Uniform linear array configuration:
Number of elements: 64
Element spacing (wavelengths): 1
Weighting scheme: cosine
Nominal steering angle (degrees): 15
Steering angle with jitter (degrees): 14.804
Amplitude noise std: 0.05
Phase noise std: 0.05

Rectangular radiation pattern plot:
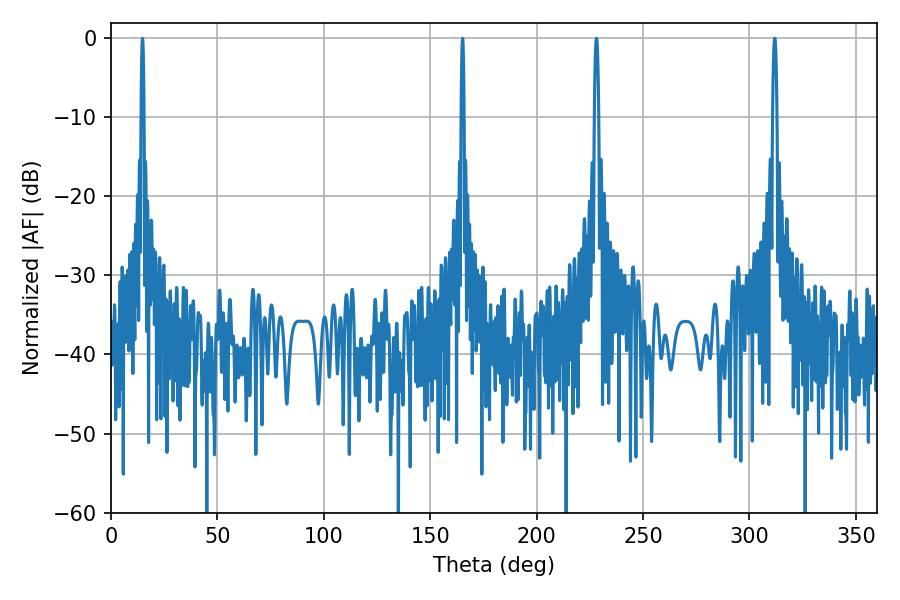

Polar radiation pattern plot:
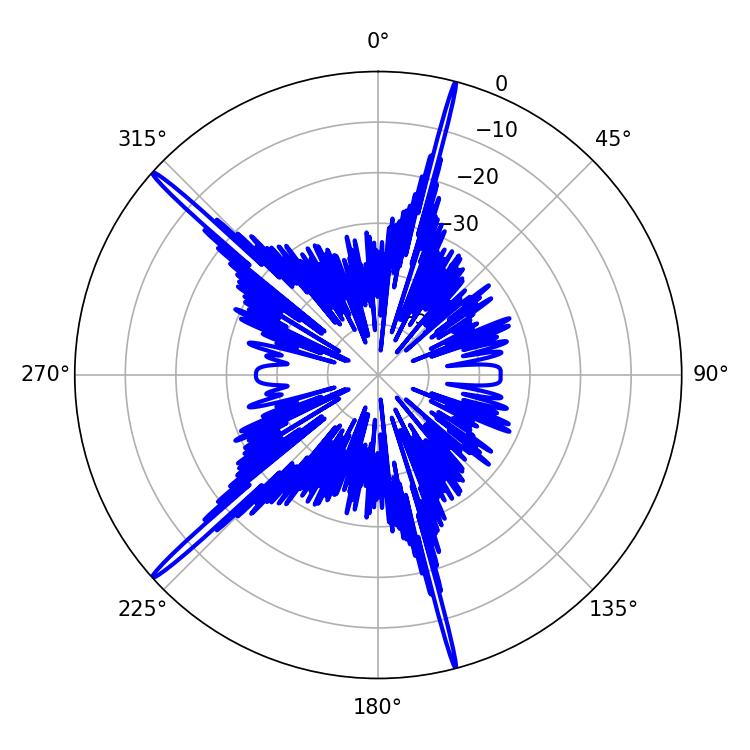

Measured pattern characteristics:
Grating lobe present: TRUE
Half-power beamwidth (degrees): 1.08
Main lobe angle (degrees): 228.06